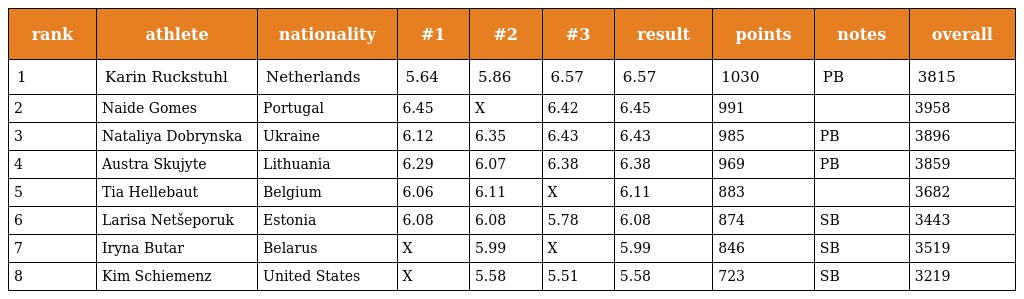
| rank | athlete | nationality | #1 | #2 | #3 | result | points | notes | overall |
 | --- | --- | --- | --- | --- | --- | --- | --- | --- | --- |
 | 1 | Karin Ruckstuhl | Netherlands | 5.64 | 5.86 | 6.57 | 6.57 | 1030 | PB | 3815 |
 | 2 | Naide Gomes | Portugal | 6.45 | X | 6.42 | 6.45 | 991 |  | 3958 |
 | 3 | Nataliya Dobrynska | Ukraine | 6.12 | 6.35 | 6.43 | 6.43 | 985 | PB | 3896 |
 | 4 | Austra Skujyte | Lithuania | 6.29 | 6.07 | 6.38 | 6.38 | 969 | PB | 3859 |
 | 5 | Tia Hellebaut | Belgium | 6.06 | 6.11 | X | 6.11 | 883 |  | 3682 |
 | 6 | Larisa Netšeporuk | Estonia | 6.08 | 6.08 | 5.78 | 6.08 | 874 | SB | 3443 |
 | 7 | Iryna Butar | Belarus | X | 5.99 | X | 5.99 | 846 | SB | 3519 |
 | 8 | Kim Schiemenz | United States | X | 5.58 | 5.51 | 5.58 | 723 | SB | 3219 |